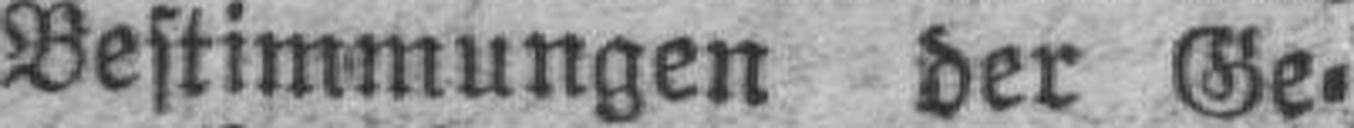
Bestimmungen der Ge¬